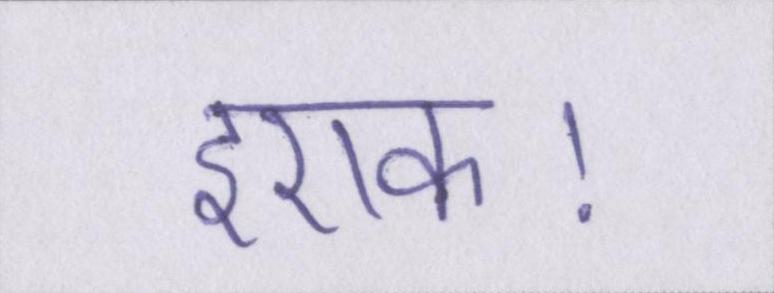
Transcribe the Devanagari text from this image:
इराक।